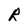
Character: R